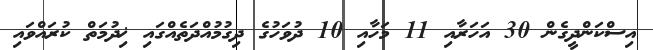
އިސްކަންދީގެން 30 އަހަރާއި 11 މަހާއި 10 ދުވަހުގެ ދިގުމުއްދަތެއްގައި ޚިދުމަތް ކުރައްވައި